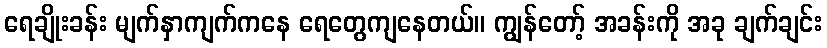
ရေချိုးခန်း မျက်နှာကျက်ကနေ ရေတွေကျနေတယ်။ ကျွန်တော့် အခန်းကို အခု ချက်ချင်း